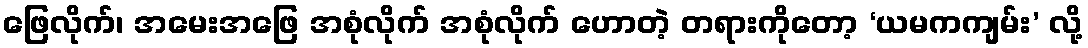
ဖြေလိုက်၊ အမေးအဖြေ အစုံလိုက် အစုံလိုက် ဟောတဲ့ တရားကိုတော့ ‘ယမကကျမ်း’ လို့